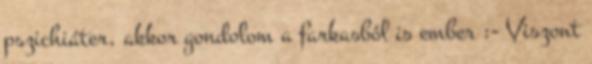
pszichiáter, akkor gondolom a farkasból is ember :- Viszont